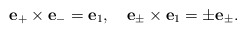
\begin{align*}{\bf e}_+\times {\bf e}_-={\bf e}_1,\quad{\bf e}_\pm\times {\bf e}_1=\pm{\bf e}_\pm.\end{align*}